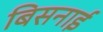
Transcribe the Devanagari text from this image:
बिसनाई